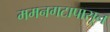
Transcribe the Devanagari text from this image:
ममनगटापासून